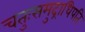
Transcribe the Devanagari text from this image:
चतुःसमुद्राधिपति